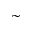
\sim